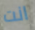
انت